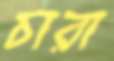
চারা